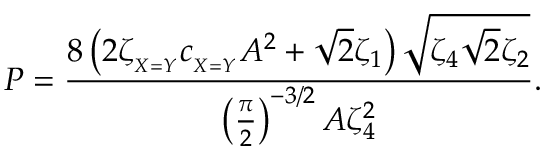
P = \frac { 8 \left( 2 \zeta _ { _ { X = Y } } c _ { _ { X = Y } } A ^ { 2 } + \sqrt { 2 } \zeta _ { 1 } \right) \sqrt { \zeta _ { 4 } \sqrt { 2 } \zeta _ { 2 } } } { \left( \frac { \pi } { 2 } \right) ^ { - 3 / 2 } A \zeta _ { 4 } ^ { 2 } } .